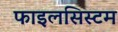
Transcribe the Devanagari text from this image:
फाइलसिस्टम